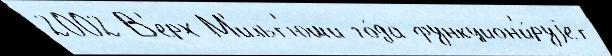
2002 В'ерх-М'ильт'юши го́да функцион'и́руjет